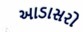
આડાસરો